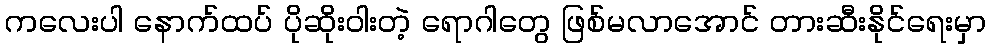
ကလေးပါ နောက်ထပ် ပိုဆိုးဝါးတဲ့ ရောဂါတွေ ဖြစ်မလာအောင် တားဆီးနိုင်ရေးမှာ